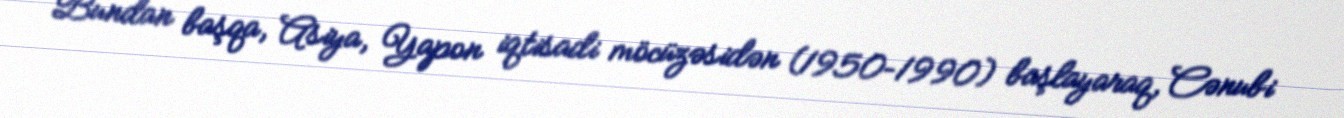
Bundan başqa, Asiya, Yapon iqtisadi möcüzəsidən (1950–1990) başlayaraq, Cənubi